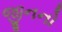
જીનનો